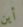
أين